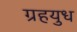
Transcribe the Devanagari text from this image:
ग्रहयुध